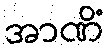
အာဏိံ